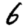
Digit: 6